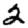
Digit: 2